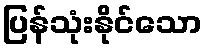
ပြန်သုံးနိုင်သော